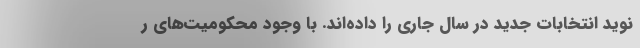
نوید انتخابات جدید در سال جاری را داده‌اند. با وجود محکومیت‌های ر